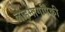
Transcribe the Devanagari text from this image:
लोहमार्गांपैकी